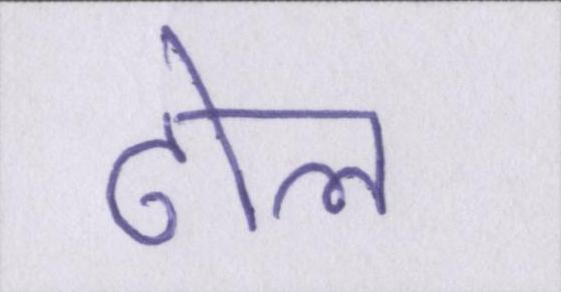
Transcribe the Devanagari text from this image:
ढोल